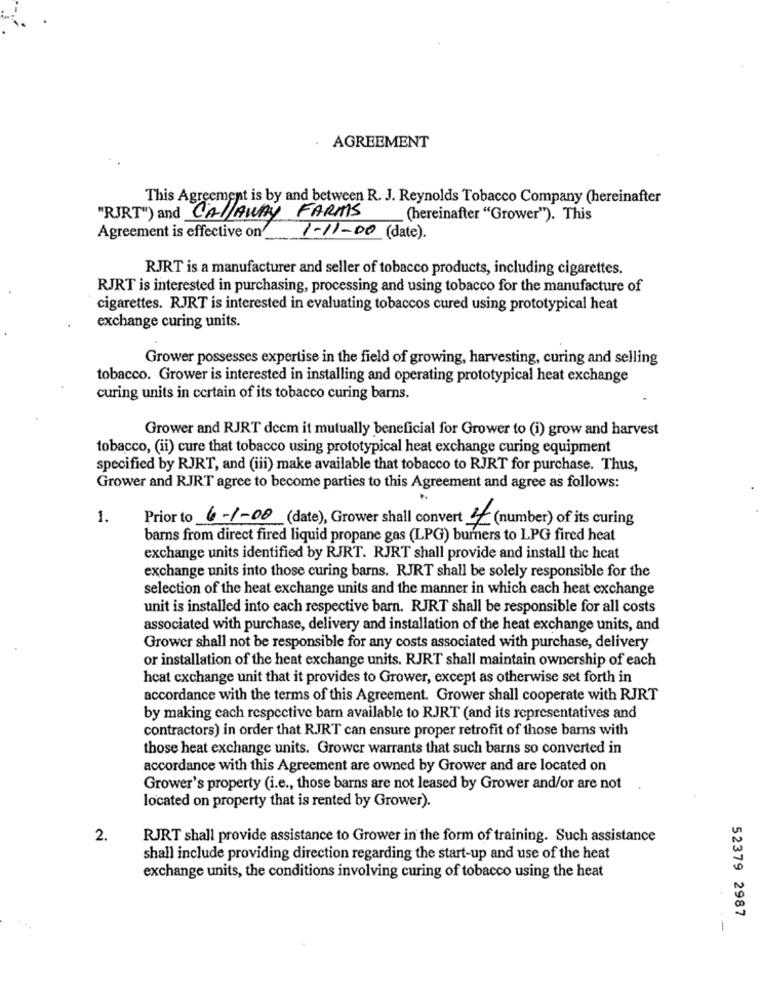
AGREEMENT
This Agreement is by and between R. J. Reynolds Tobacco Company (hereinafter
"RJRT") and CALLAWAY FARMS
(hereinafter "Grower"). This
Agreement is effective on
1-11-00 (date).
RJRT is a manufacturer and seller of tobacco products, including cigarettes.
RJRT is interested in purchasing, processing and using tobacco for the manufacture of
cigarettes. RJRT is interested in evaluating tobaccos cured using prototypical heat
exchange curing units.
Grower possesses expertise in the field of growing, harvesting, curing and selling
tobacco. Grower is interested in installing and operating prototypical heat exchange
curing units in certain of its tobacco curing barns.
Grower and RJRT decm it mutually beneficial for Grower to (i) grow and harvest
tobacco, (ii) cure that tobacco using prototypical heat exchange curing equipment
specified by RJRT, and (iii) make available that tobacco to RJRT for purchase. Thus,
Grower and RJRT agree to become parties to this Agreement and agree as follows:
1.
Prior to 6-1-00 (date), Grower shall convert 4 (number) of its curing
barns from direct fired liquid propane gas (LPG) burners to LPG fired heat
exchange units identified by RJRT. RJRT shall provide and install the heat
exchange units into those curing barns. RJRT shall be solely responsible for the
selection of the heat exchange units and the manner in which each heat exchange
unit is installed into each respective barn. RJRT shall be responsible for all costs
associated with purchase, delivery and installation of the heat exchange units, and
Grower shall not be responsible for any costs associated with purchase, delivery
or installation of the heat exchange units. RJRT shall maintain ownership of each
heat exchange unit that it provides to Grower, except as otherwise set forth in
accordance with the terms of this Agreement. Grower shall cooperate with RJRT
by making cach respective barn available to RJRT (and its representatives and
contractors) in order that RJRT can ensure proper retrofit of those barns with
those heat exchange units. Grower warrants that such barns so converted in
accordance with this Agreement are owned by Grower and are located on
Grower's property (i.e ., those barns are not leased by Grower and/or are not
located on property that is rented by Grower).
2.
RJRT shall provide assistance to Grower in the form of training. Such assistance
shall include providing direction regarding the start-up and use of the heat
exchange units, the conditions involving curing of tobacco using the heat
52379 2987
-